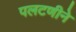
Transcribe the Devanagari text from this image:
पलटणीने